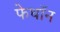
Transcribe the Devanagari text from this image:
फेथॉन